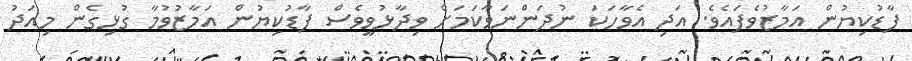
ފާޑުކިޔުން އަމާޒުވެފައެވެ. އަދި އެވާހަކަ ނުދަންނަވާކަމަށް ވިދާޅުވީވެސް ފާޑުކިޔުން އަމާޒުވުމާ ގުޅިގެން މިއަދު